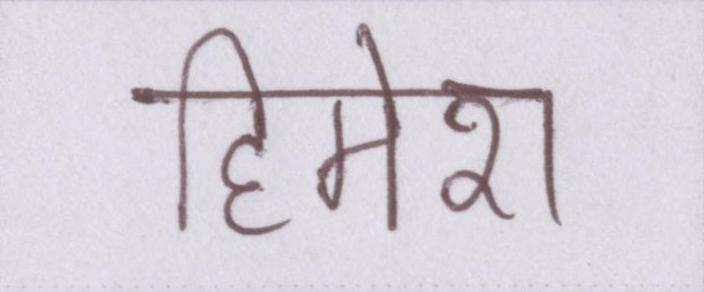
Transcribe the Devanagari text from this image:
हिमेश